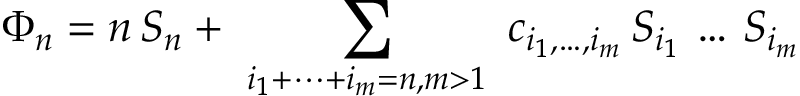
\Phi _ { n } = n \, S _ { n } + \ \sum _ { i _ { 1 } + \dots + i _ { m } = n , m > 1 } \ c _ { i _ { 1 } , \dots , i _ { m } } \, S _ { i _ { 1 } } \, \dots \, S _ { i _ { m } }